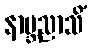
နာဗ္ဘညာသိံ